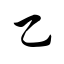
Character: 乙